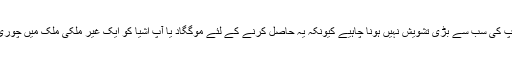
تحفظ کے سفر کے دوران آپ کی سب سے بڑی تشویش نہیں ہونا چاہیے کیونکہ یہ حاصل کرنے کے لئے موگگاد یا آپ اشیا کو ایک غیر ملکی ملک میں چوری ہو گیا ہے بہت پزیر ہے ۔